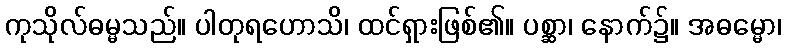
ကုသိုလ်ဓမ္မသည်။ ပါတုရဟောသိ၊ ထင်ရှားဖြစ်၏။ ပစ္ဆာ၊ နောက်၌။ အဓမ္မော၊